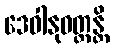
ဒေဝါနုဝတ္တန္တိ